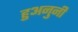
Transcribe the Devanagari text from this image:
हुअनुनी